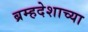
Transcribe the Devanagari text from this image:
ब्रम्हदेशाच्या